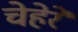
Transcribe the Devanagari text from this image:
चेहेरे